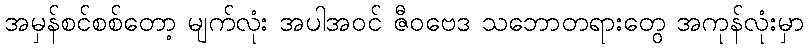
အမှန်စင်စစ်တော့ မျက်လုံး အပါအဝင် ဇီဝဗေဒ သဘောတရားတွေ အကုန်လုံးမှာ